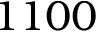
1 1 0 0